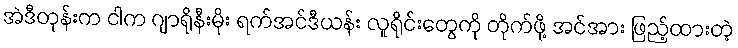
အဲဒီတုန်းက ငါက ဂျာရိုနီးမိုး ရက်အင်ဒီယန်း လူရိုင်းတွေကို တိုက်ဖို့ အင်အား ဖြည့်ထားတဲ့